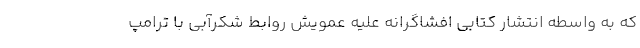
که به واسطه انتشار کتابی افشاگرانه علیه عمویش روابط شکرآبی با ترامپ